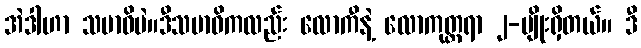
အဲဒါဟာ သမာဓိပဲ။ဒီသမာဓိကလည်း လောကီနဲ့ လောကုတ္တရာ ၂-မျိုးရှိတယ်။ ဒီ